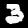
Digit: 3